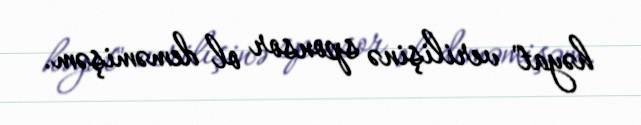
həyat" verilişinə sponsor ol deməmişəm.